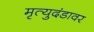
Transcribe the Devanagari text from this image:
मृत्युदंडावर